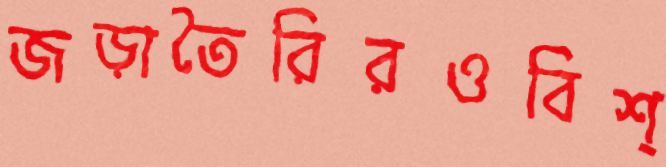
জড়াতৈরিরওবিশ্